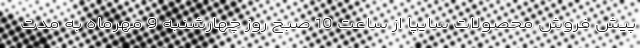
پیش فروش محصولات سایپا از ساعت 10 صبح روز چهارشنبه 9 مهرماه به مدت